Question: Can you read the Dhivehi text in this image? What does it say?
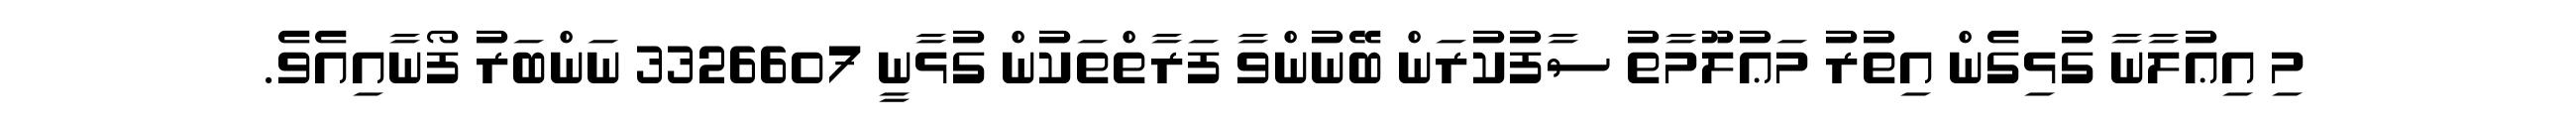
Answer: މި އިޢުލާނާ ގުޅިގެން އިތުރު މަޢުލޫމާތު ސާފުކުރަން ބޭނުންވާ ފަރާތްތަކުން ގުޅާނީ 3326607 ނަންބަރު ފޯނާއިއެވެ.